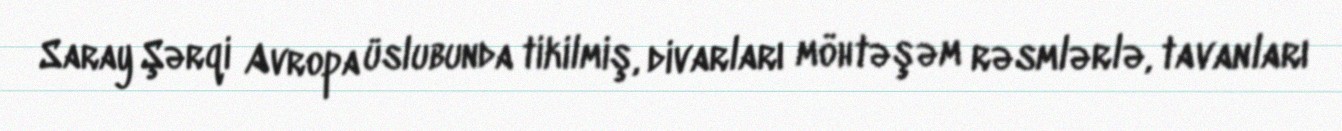
Saray Şərqi Avropa üslubunda tikilmiş, divarları möhtəşəm rəsmlərlə, tavanları